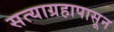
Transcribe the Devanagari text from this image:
सत्याग्रहापासून